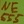
Text: 555